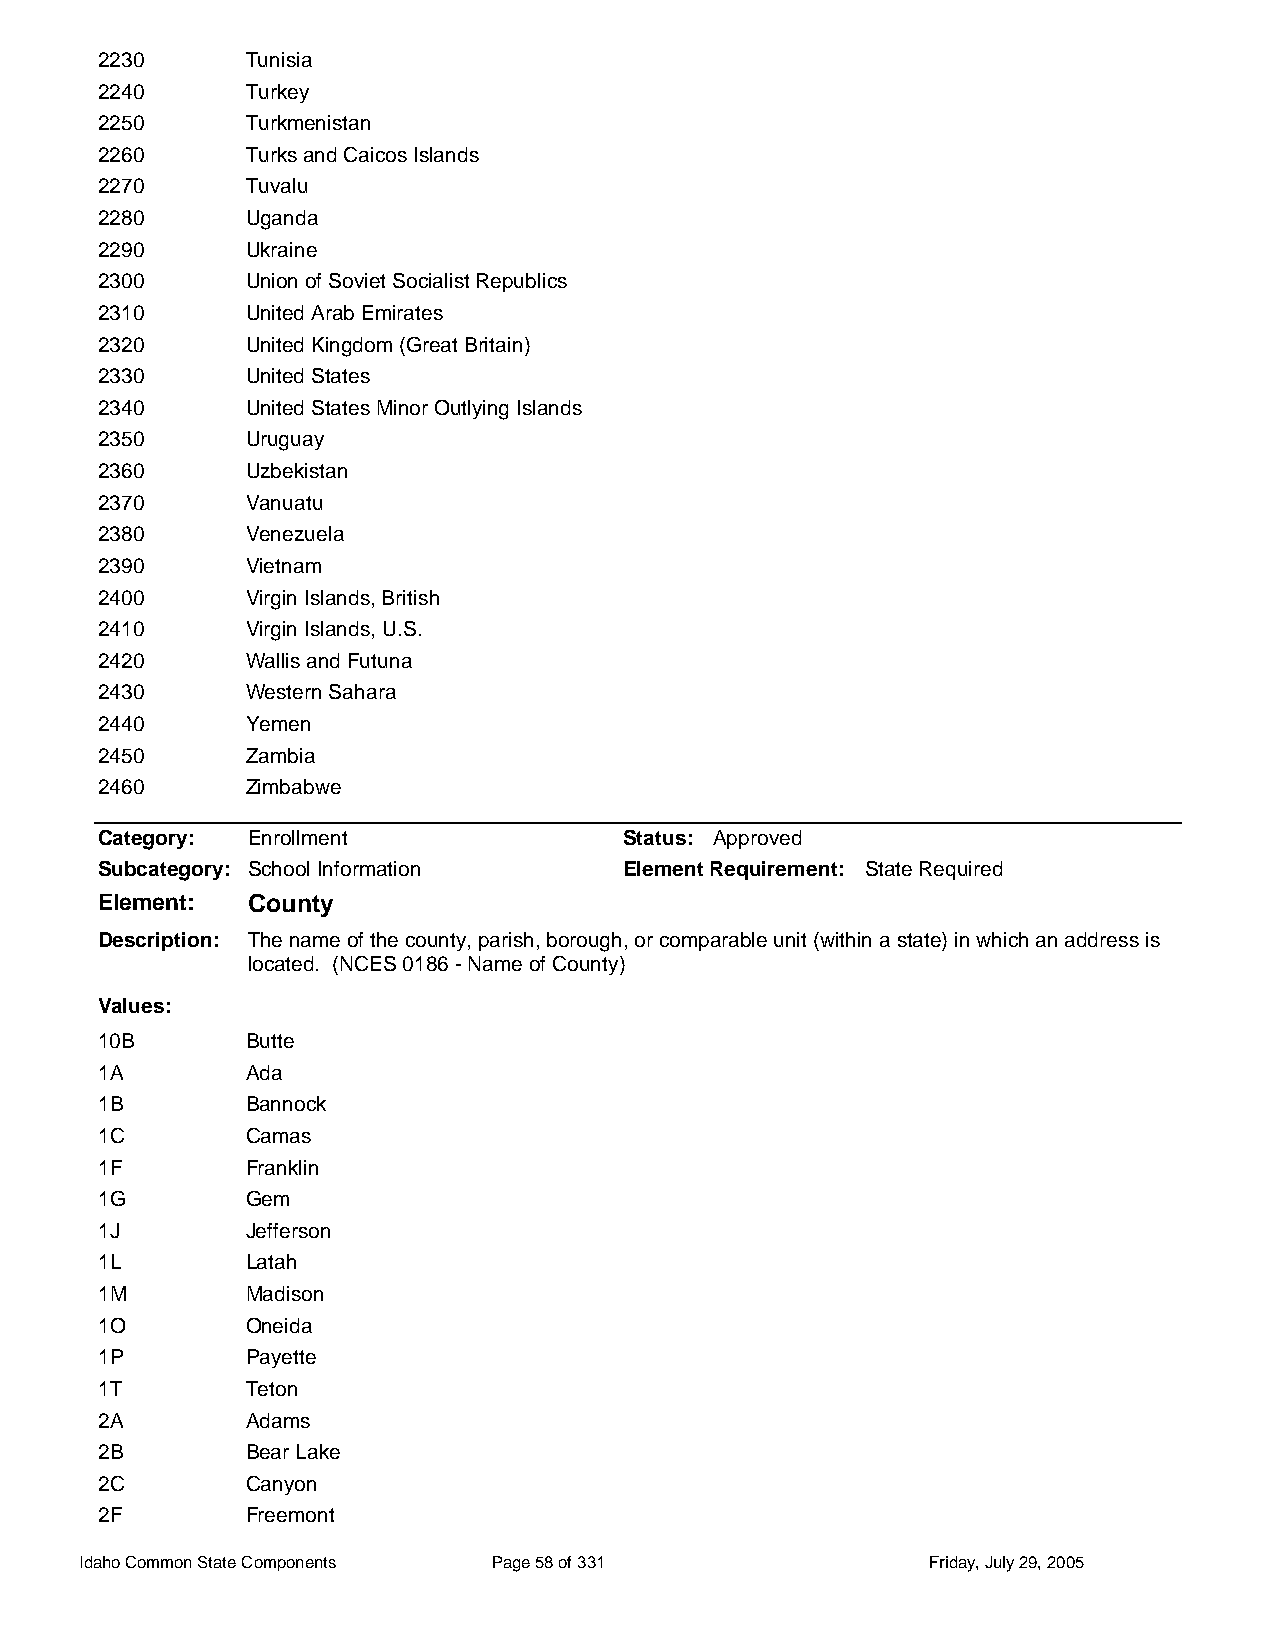
2230      Tunisia
 2240      Turkey
 2250      Turkmenistan
 2260      Turks and Caicos Islands
 2270      Tuvalu
 2280      Uganda
 2290      Ukraine
 2300      Union of Soviet Socialist Republics
 2310      United Arab Emirates
 2320      United Kingdom (Great Britain)
 2330      United States
 2340      United States Minor Outlying Islands
 2350      Uruguay
 2360      Uzbekistan
 2370      Vanuatu
 2380      Venezuela
 2390      Vietnam
 2400      Virgin Islands, British
 2410      Virgin Islands, U.S.
 2420      Wallis and Futuna
 2430      Western Sahara
 2440      Yemen
 2450      Zambia
 2460      Zimbabwe
 Category: Enrollment               Status: Approved
 Subcategory: School Information    Element Requirement: State Required
 Element:  County
 Description: The name of the county, parish, borough, or comparable unit (within a state) in which an address is
 located. (NCES 0186 - Name of County)
 Values:
 10B       Butte
 1A        Ada
 1B        Bannock
 1C        Camas
 1F        Franklin
 1G        Gem
 1J        Jefferson
 1L        Latah
 1M        Madison
 1O        Oneida
 1P        Payette
 1T        Teton
 2A        Adams
 2B        Bear Lake
 2C        Canyon
 2F        Freemont
 Idaho Common State Components Page 58 of 331            Friday, July 29, 2005